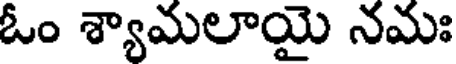
ఓం శ్యామలాయై నమః